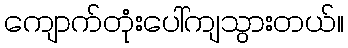
ကျောက်တုံးပေါ်ကျသွားတယ်။